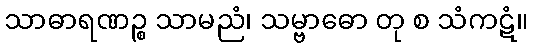
သာဓာရဏဉ္စ သာမညံ၊ သမ္ဗာဓော တု စ သံကဋံ။